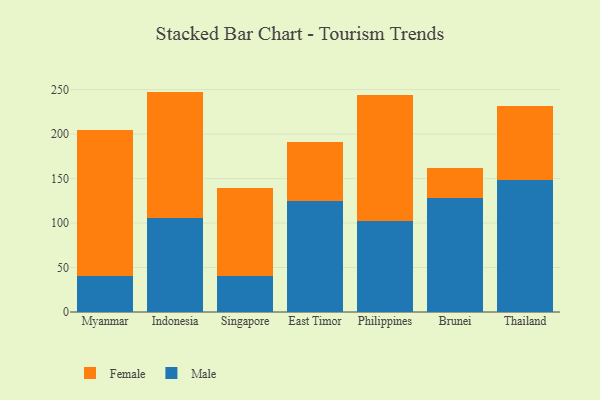
{"axis": {"x": "Country", "y": "Customer Acquisition Cost (USD)"}, "legend": ["Female", "Male"], "data": [{"x": "Myanmar", "y": 40.7, "type": "Male"}, {"x": "Myanmar", "y": 163.7, "type": "Female"}, {"x": "Indonesia", "y": 105.9, "type": "Male"}, {"x": "Indonesia", "y": 141.9, "type": "Female"}, {"x": "Singapore", "y": 40.1, "type": "Male"}, {"x": "Singapore", "y": 99.8, "type": "Female"}, {"x": "East Timor", "y": 124.9, "type": "Male"}, {"x": "East Timor", "y": 66.3, "type": "Female"}, {"x": "Philippines", "y": 102.3, "type": "Male"}, {"x": "Philippines", "y": 142.0, "type": "Female"}, {"x": "Brunei", "y": 127.7, "type": "Male"}, {"x": "Brunei", "y": 33.8, "type": "Female"}, {"x": "Thailand", "y": 148.3, "type": "Male"}, {"x": "Thailand", "y": 83.6, "type": "Female"}]}